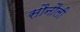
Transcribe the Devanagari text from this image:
सौनौली